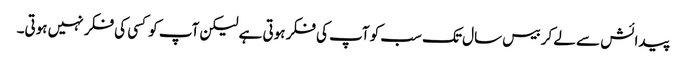
پیدائش سے لے کر بیس سال تک سب کو آپ کی فکر ہوتی ہے لیکن آپ کو کسی کی فکر نہیں ہوتی۔